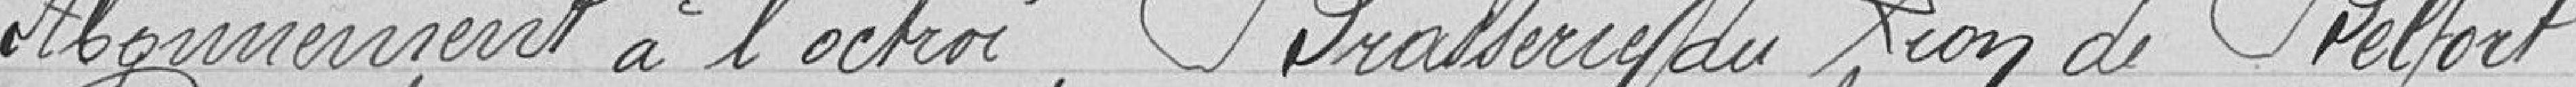
Abonnement à l'octroi, Brasserie du Lion de Belfort